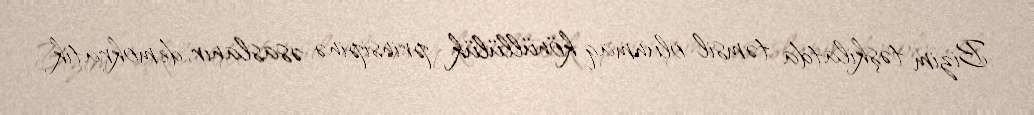
Bizim təşkilatda təmsil olunmaq könüllülük prinsipinə əsaslanır, demokratik